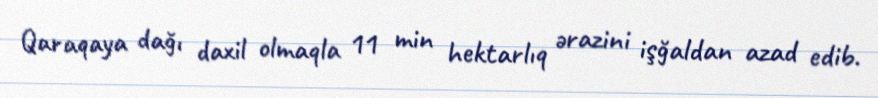
Qaraqaya dağı daxil olmaqla 11 min hektarlıq ərazini işğaldan azad edib.